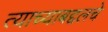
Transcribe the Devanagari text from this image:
त्याच्याबद्दलचे